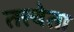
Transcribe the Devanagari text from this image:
तत्त्वेता